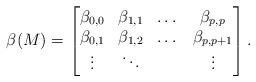
LaTeX: \begin{align*}\beta(M) = \begin{bmatrix}\beta_{0,0}&\beta_{1,1}&\dots&\beta_{p,p}\\\beta_{0,1}&\beta_{1,2}&\dots &\beta_{p,p+1}\\\vdots & \ddots &&\vdots \end{bmatrix}.\end{align*}